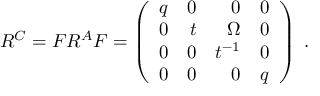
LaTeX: R ^ { C } = F R ^ { A } F = \left( \begin{array} { r r r r } { { q } } & { { 0 } } & { { 0 } } & { { 0 } } \\ { { 0 } } & { { t } } & { { \Omega } } & { { 0 } } \\ { { 0 } } & { { 0 } } & { { t ^ { - 1 } } } & { { 0 } } \\ { { 0 } } & { { 0 } } & { { 0 } } & { { q } } \end{array} \right) \ .